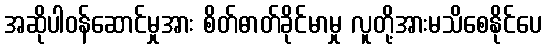
အဆိုပါဝန်ဆောင်မှုအား စိတ်ဓာတ်ခိုင်မာမှု လူတို့အားမသိစေနိုင်ပေ